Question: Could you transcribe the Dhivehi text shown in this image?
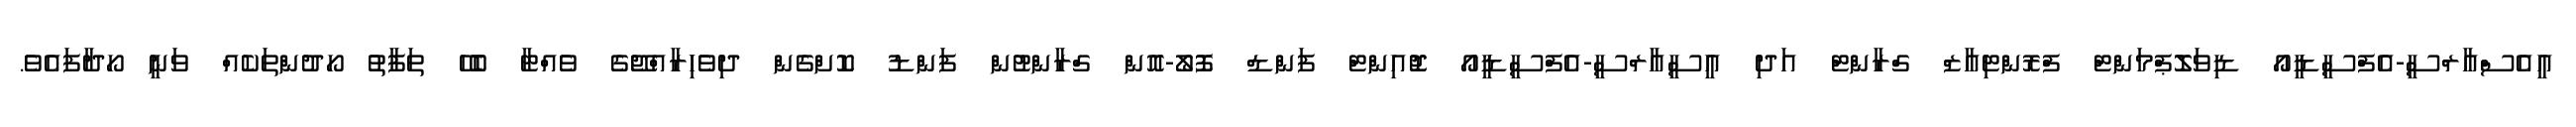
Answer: އީއެސްއާރްސީ-އެފްސީޑީއޯ ޑިވަލޮޕްމަންޓް ފްރޮންޓިއާޒް ގްރާންޓް އަދި އީސީއާރްސީ-އެފްސީޑީއޯ ޖޮއިންޓް ފަންޑް ފޮލޯ-އޮން ގްރާންޓުން ފަންޑު ކޮށްގެން ދިވެހިރާއްޖޭގެ ވެއްޓާ ބެހޭ ތަފާތު ހޯދުންތަކެއް ވަނީ ހޯދާފައެވެ.